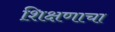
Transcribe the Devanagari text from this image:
शि़क्षणाचा